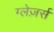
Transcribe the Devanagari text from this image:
ग्लेज़र्स